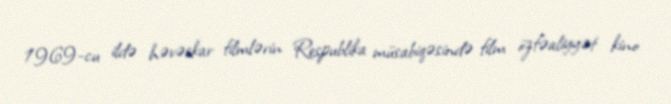
1969-cu ildə həvəskar filmlərin Respublika müsabiqəsində film özfəaliyyət kino